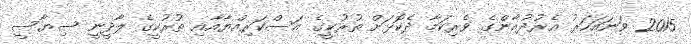
2015 ވަނައަހަރު އެރުދުޣާންގެ ވެރިކަމާ ދެކޮޅަށް ތުރުކީގެ އަސްކަރިއްޔާއާއި ތުުރުކީގެ ލާދީނީ ސިޔާސީ